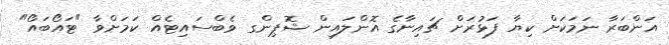
އަންބަރާ ނަމަކަށް ކިޔާ ފަޅުރަށް ޗައިނާގެ އޮންލައިން ޝޮޕިންގ ވެބްސައިޓެއް ކަމަށްވާ "ޓައޯބައޯ"